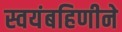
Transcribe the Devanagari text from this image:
स्वयंबहिणीने